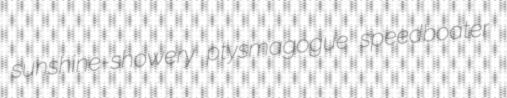
sunshine-showery ptysmagogue speedboater